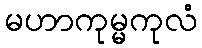
မဟာကုမ္မကုလံ